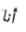
أنا